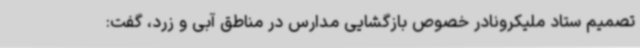
تصمیم ستاد ملیکرونادر خصوص بازگشایی مدارس در مناطق آبی و زرد، گفت: